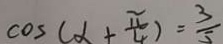
\cos ( \alpha + \frac { \pi } { 4 } ) = \frac { 3 } { 5 }